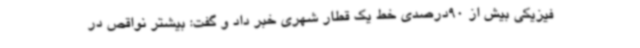
فیزیکی بیش از 90درصدی خط یک قطار شهری خبر داد و گفت: بیشتر نواقص در